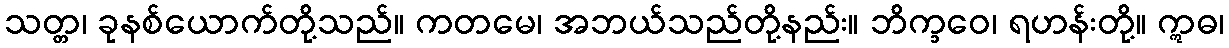
သတ္တ၊ ခုနစ်ယောက်တို့သည်။ ကတမေ၊ အဘယ်သည်တို့နည်း။ ဘိက္ခဝေ၊ ရဟန်းတို့။ ဣဓ၊